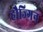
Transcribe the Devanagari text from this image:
हौज्गिन